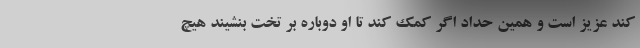
کند عزیز است و همین حداد اگر کمک کند تا او دوباره بر تخت بنشیند هیچ